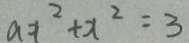
a x ^ { 2 } + x ^ { 2 } = 3